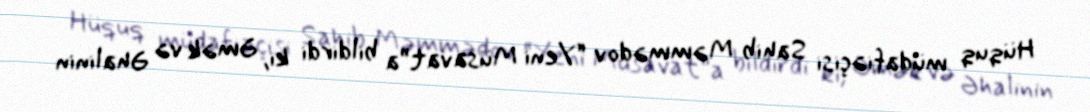
Hüquq müdafiəçisi Sahib Məmmədov “Yeni Müsavat”a bildirdi ki, Əmək və Əhalinin